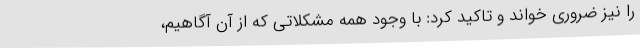
را نیز ضروری خواند و تاکید کرد: با وجود همه مشکلاتی که از آن آگاهیم،